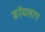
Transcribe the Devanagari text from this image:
ङॉयलाग